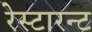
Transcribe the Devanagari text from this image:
रेस्टारन्ट